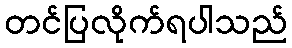
တင်ပြလိုက်ရပါသည်